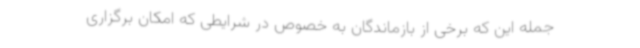
جمله این که برخی از بازماندگان به خصوص در شرایطی که امکان برگزاری